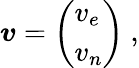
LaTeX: {\boldsymbol{v}}={\left(\begin{array}{l}{v_{e}}\\ {v_{n}}\end{array}\right)}\ ,